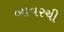
બાવરચી